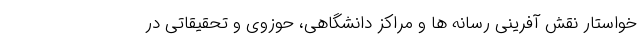
خواستار نقش آفرینی رسانه ها و مراکز دانشگاهی، حوزوی و تحقیقاتی در